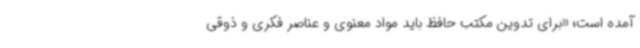
آمده است؛ «برای تدوین مکتب حافظ باید مواد معنوی و عناصر فکری و ذوقی